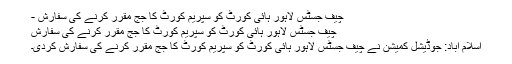
چیف جسٹس لاہور ہائی کورٹ کو سپریم کورٹ کا جج مقرر کرنے کی سفارش -
چیف جسٹس لاہور ہائی کورٹ کو سپریم کورٹ کا جج مقرر کرنے کی سفارش
اسلام آباد: جوڈیشل کمیشن نے چیف جسٹس لاہور ہائی کورٹ کو سپریم کورٹ کا جج مقرر کرنے کی سفارش کردی۔